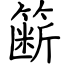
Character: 簖